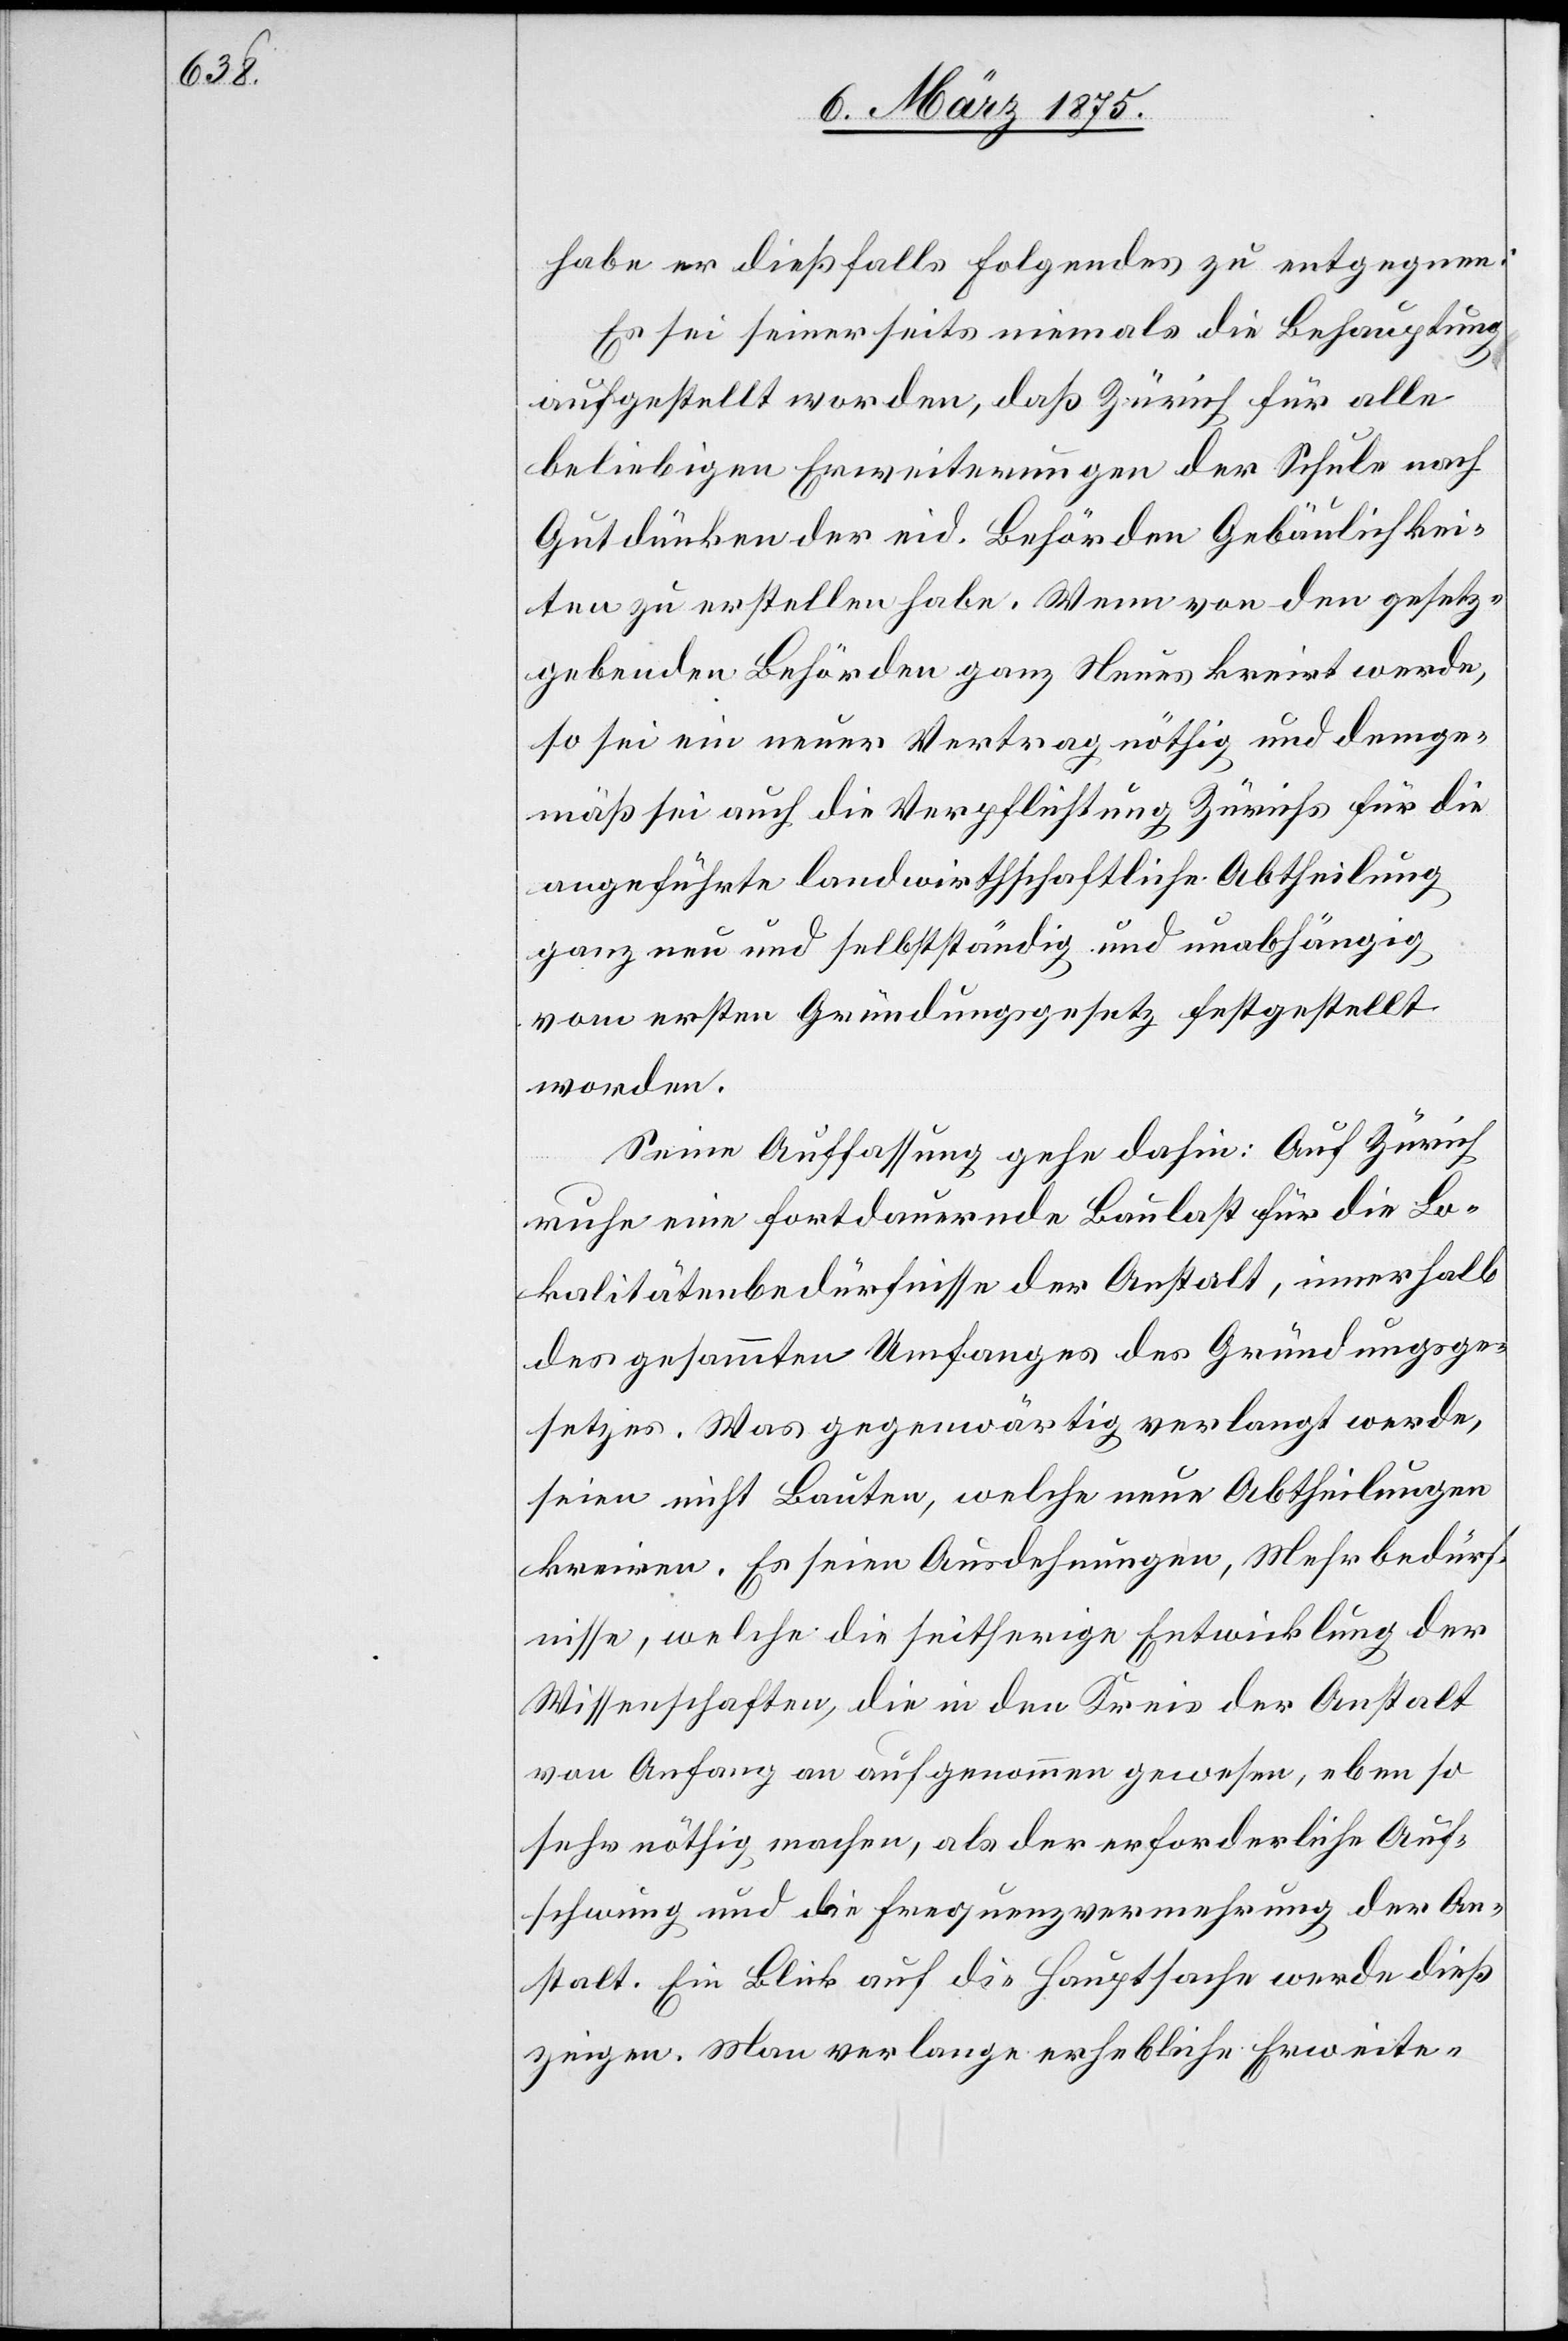
schwung

habe er dießfalls Folgendes zu entgegnen:
Er sei seinerseits niemals die Behauptung
aufgestellt worden, daß Zürich für alle
beliebigen Erweiterungen der Schule nach
Gutdünken der eid. Behörden Gebäulichkei¬
ten zu erstellen habe. Wenn von den gesetz¬
gebenden Behörden ganz Neues kreirt werde,
so sei ein neuer Vertrag nöthig und demge¬
mäß sei auch die Verpflichtung Zürichs für die
angeführte landwirtschaftliche Abtheilung
ganz neu und selbstständig und unabhängig
vom ersten Gründungsgesetz festgestellt
worden.
Seine Auffassung gehe dahin: Auf Zürich
ruhe eine fortdämmernde Baulast für die Lo¬
kalitätenbedürfnisse der Anstalt, innerhalb
des gesammten Umfanges des Gründungsge¬
setzes. Was gegenwärtig verlangt werde,
seien nicht Bauten, welche neue Abtheilungen
kreiren. Es seien Ausdehnungen, Mehrbedürf¬
nisse, welche die seitherige Entwicklung der
Wissenschaften, die in den Kreis der Anstalt
von Anfang an aufgenommen gewesen, eben so
sehr nöthig machen, als der erforderliche Auf¬
Anstalt. Ein Blick auf die Hauptsache würde dieß
zeigen. Man verlange erhebliche Erweite-